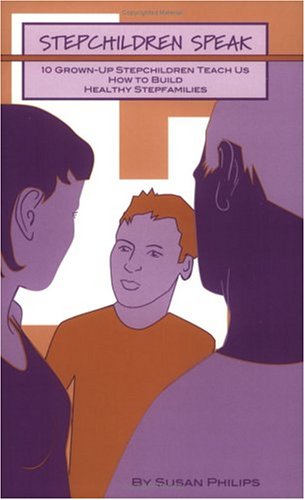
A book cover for Stepchildren Speak: 10 Grown-Up Stepchildren Teach Us How to Build Healthy Stepfamilies; Susan Philips; Parenting & Relationships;